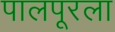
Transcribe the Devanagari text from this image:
पालपूरला